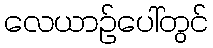
လေယာဉ်ပေါ်တွင်